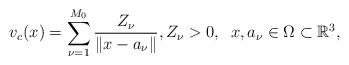
LaTeX: \begin{align*} v_c(x)= \sum_{\nu=1}^{M_0}\frac{Z_\nu}{\|{x} -a_\nu \|},Z_\nu >0, \;\; x,a_\nu \in \Omega \subset \mathbb{R}^3,\end{align*}